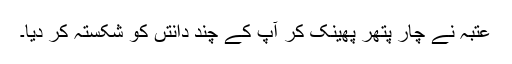
عتبہ نے چار پتھر پھینک کر آپ کے چند دانتں کو شکستہ کر دیا۔